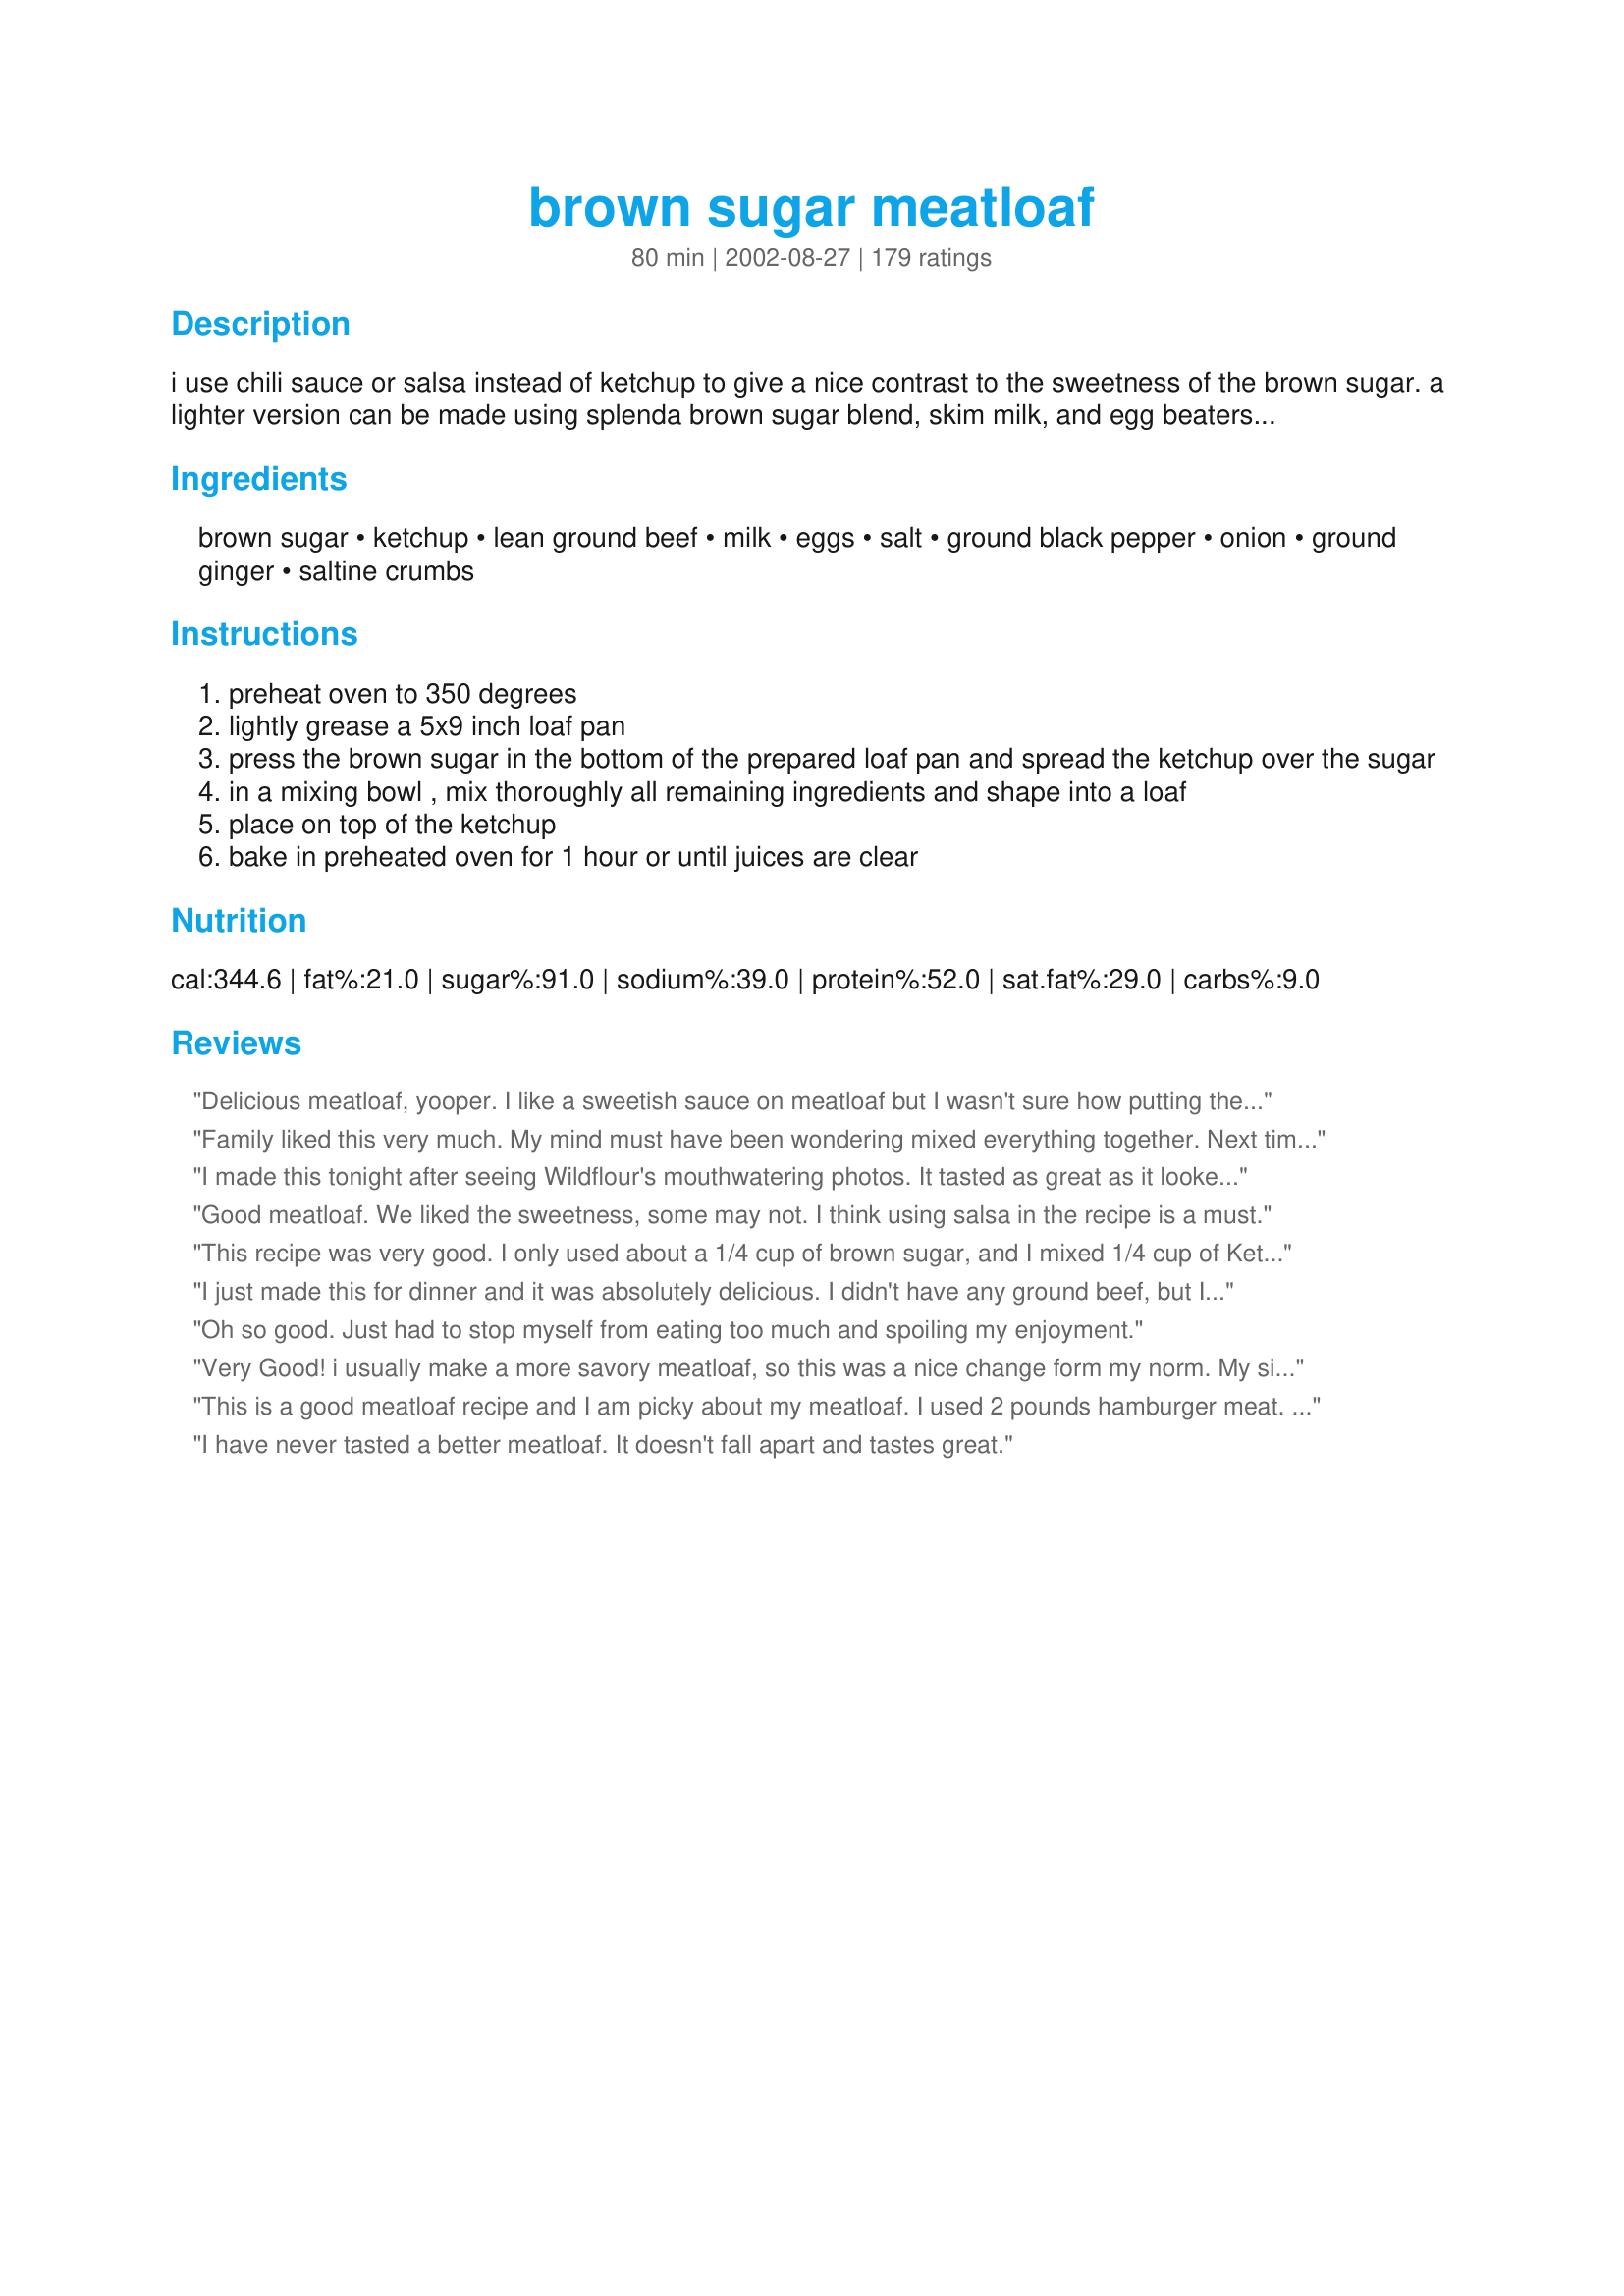
brown sugar meatloaf
Preparation time: 80 minutes

i use chili sauce or salsa instead of ketchup to give a nice contrast to the sweetness of the brown sugar. a lighter version can be made using splenda brown sugar blend, skim milk, and egg beaters. got this one from the allrecipes website. it's one of their most popular recipes.

Ingredients:
brown sugar, ketchup, lean ground beef, milk, eggs, salt, ground black pepper, onion, ground ginger, saltine crumbs

Steps:
preheat oven to 350 degrees
lightly grease a 5x9 inch loaf pan
press the brown sugar in the bottom of the prepared loaf pan and spread the ketchup over the sugar
in a mixing bowl , mix thoroughly all remaining ingredients and shape into a loaf
place on top of the ketchup
bake in preheated oven for 1 hour or until juices are clear

Reviews:
Delicious meatloaf, yooper. I like a sweetish sauce on meatloaf but I wasn't sure how putting the brown sugar and ketchup on the bottom would work out. Nothing to worry about, though. Just made a nice sweet, tangy sauce that I spooned over the meatloaf after I sliced it. The loaf was very tender and held together well. Thanks for sharing this recipe.
Family liked this very much. My mind must have been wondering mixed everything together. Next time I will make it correctly.
I made this tonight after seeing Wildflour's mouthwatering photos. It tasted as great as it looked. I also used garlic instead of the ginger. Next time I will put the sauce on the top. Thank you for a delicious dinner.
Good meatloaf. We liked the sweetness, some may not. I think using salsa in the recipe is a must.
This recipe was very good. I only used about a 1/4 cup of brown sugar, and I mixed 1/4 cup of Ketchup with a 1/4 cup of Chili Sauce. I put the brown sugar and sauce on the bottom and the top of the meatloaf, and I ended up having to bake mine for about an hour and a half. The meatloaf held together very well, and was super tasty. My husband (who is a VERY picky eater) loved it! We will be using this for our regular meatloaf recipe!
I just made this for dinner and it was absolutely delicious. I didn't have any ground beef, but I did have ground chicken and it was amazing. So moist and full of flavour. Will definitely make this again!
Oh so good. Just had to stop myself from eating too much and spoiling my enjoyment.
Very Good! i usually make a more savory meatloaf, so this was a nice change form my norm. My six year old daughter helped cook it and it turned out so moist and juicy I told her she was the best meatloaf chef ever! :)
This is a good meatloaf recipe and I am picky about my meatloaf. I used 2 pounds hamburger meat. I mixed the brown sugar directly into the meat, I added cooked yellow onion, bellpepper, and mushroom. I added 1/4 cup ketchup to the meat and alot more across the top before I cooked it.
I have never tasted a better meatloaf. It doesn't fall apart and tastes great.
Excellent Meatloaf!!! I used the chili sauce instead of the ketchup as suggested. Everyone loved it and I will make it again! Awesome leftovers!!! Thank you!
This is one good meatloaf, Yooper! I took your advice & used the chili sauce & really liked the resulting combo of sweet & slightly spicy. I switched oatmeal for the crushed crackers, cause I really like oatmeal in meatloafs (& didn't have any crackers anyway) & used the onion flakes since I couldn't find any onion in the fridge. It was delicious! This will be on the frequent flyer list for sure. I did find that it was hard to check for doneness by the juices running clear, since the pan was so full of the juice from the sugar & chili sauce, but it was done perfectly at about 55 minutes.

I made this last night, it was really good! Only made a couple of changes, I used a little over 1 lb ground beef and a small bit of ground pork. As some other reviewers mentioned, I also used Chili sauce and almost the full amount of brown sugar but I put it on the top and then baked it. Really yumm!
This was very moist and absolutely delicious. The only change for me was to cut the brown sugar to 1/4 cup based on other reviews - left everything else as written.
I make this meatloaf all the time and everyone loves it! I like to cut some of the sugar out of the bottom and make some extra sauce to put on top. Makes a nice glaze.
This was a really good meatloaf. I was afraid it would be too sweet, but it is just the right amount of sweet. The only difference I made was to add two cloves of minced garlic. I will make this again!
I've never eaten a tastier meatloaf! Very tasty. I will definitely be making this again!

I omit the eggs due to a food allergy in the family and it still holds together quite well.
This is the first time I've been able to keep a meatloaf together. 
I drained the meatloaf and I think that was a mistake as most of the "sweetness" ran out. Next time I'll put it on top.
This is a fantastic recipe! We absolutely loved it. I made a few minor modifications including putting the glaze mixture (brown sugar and ketchup both coating the bottom and the top (doubled the glaze), I used 96% lean ground beef (as the fat can set in meatloaf) and I used plain bread crumbs instead of the crackers..... SOOOOO Delicious...Will definitely be making it again this winter soon!!!
WOW! This is the best meatloaf recipe I have ever made in my life! It just turned out so delicious! My two year old even ate it! I used Italian breadcrumbs instead of crackers and used about 2 cups. The loaf formed so good- despite how liquidy it was pre-oven. I will use this recipe over and over and over. Thanks for posting!
This is the best meatloaf recipe. It tastes great just the way it is! I wouldn't change a thing!
Today is the second time I'm making this. My husband loved it!
This is the best meatloaf ever! I double the recipe and the only change I have made is to add some fresh bell pepper and sautee it and the onion a bit before adding it to the ingredients. I don't like undercooked onions in my meatloaf. I have done it with ketchup and picante sauce, its excellent either way. I'm going to try adding the yellow mustard I saw in another review.
**important**
Do not use 80/20 ground beef with this recipe, it's extremely important to use a lean ground beef. with 80/20 the glaze gets destroyed. I think the glaze is the best part of this recipe.

I love this recipe personally, i make it several times a month. Ive been known to add more brown sugar to the bottom and i like to flip the meatoaf onto a serving platter for a nice presentation.

thank your for posting this, it's become a staple in my kitchen.
Excellent! Easy to make. This is the only meatloaf I will make again. Mosit and yummy,hot or cold. I used picante sauce instead of ketchup, and ritz crackers instead of saltines.
Wonderful! I made this exactly as written, but baked for approx. 20 minutes extra. Perfect sweet & savory meatloaf and can be less sweet if sauce isn't spooned over the top, but I loved it with lots of sauce! Another great recipe to add to my rotation. Thank you!
This did not disappoint us. It was a great meat loaf!
This was enjoyed by all. I used 1lb of 80/15 gr. turkey, 2/3 cup milk, 1/2 ts salt, 1 egg, sauted onion & 3 lg. garlic cloves in evoo, put ketchup on top 1/2 way through & lined loaf pan with parchment paper. Everything else I kept the same. BTW: The 3/4 cup of crumbled saltine crackers was about 4 crackers short of being half a pkg. There was enough juice to put on mashed potatoes or rice.
Thanks for a great meatloaf!
Fantastic! Made just as recipe states. Will make again and again.
Easy meal with a good flavor. I made this at the request of my 3yr old daughter. Used organic meat and put it in 3 small loaf pans, then placed in the fridge overnite and put in the oven the next day. Ommitted the ginger as i had none. The taste was very nice, my texture was a bit off but i think that was due to the fact that i only had used 1pound grd beef as that is what i had on hand and didnt allow for the difference in the other ingredients so next time i will use the amt of meat listed or lessen the milk and eggs. My daughter loved it. Thanks for sharing.
This was the best meatloaf I have ever had!! I have always liked meatloaf, but haven't had it for years because my husband hates it. Well, he loved this one - a miracle! My ultra-picky toddler ate it too - I think next time I will add some green peppers and carrots to sneak the veggies in.

I did notice a lot of comments about this being too sweet, but I made it as-is and it was wonderful. I will say though that I definitely have a sweet tooth and always favour sweet, savory combinations in my meals.

This one is definitely going permanently into my recipe book of "staples."
This was a pleasant surprise. I didn't think this would hold together but it did just fine. We liked the taste of the meat but will probably add more ginger next time. The brown sugar/ketchup glaze was super-sweet but that's just fine by us. This recipe produces a very soft-textured loaf that works great for sandwiches. Don't be afraid to leave it in the oven a little longer so the glaze sets up and browns. 1:10 @ 350 produced a nice mottled surface. If DW were not such a spice wimp I would have added some cayenne.
This is really close to the recipe I've been making for years and I love it. I like that you put the ketchup on the bottom instead of the top. I cooked the onions before adding them to the meat so we wouldn't have the raw onion that we don't like and I cut down the sugar because sometimes a whole half cup makes it too sweet for us. This makes a wonderful gravy for mashed potatoes.
Yooper- This rocked!!
I added chili sauce instaed of ketchup, and used the brown sugar/chili sauce mixture on the top AND bottom! What an amazing feast! 2 pounds of meat cooked for an hour and fifteen minutes. Thanks!!!
I made this tonight for dinner with smashed potatoes & corn, all I can say is yummm!<br/>The only change I made was to use chili sauce with the brown sugar & put it on the top of the meat loaf. I was afraid it was going to be too sweet but it wasn't. It held together even when sliced right out of the oven. Looking forward to leftover meat loaf sandwiches!<br/>Will make this again & again...
This was very good, though the sauce was too sweet. Next time I will reduce the sugar a bit.
So the first time I made this, I accidentally got 80/20 ground beef, which made this turn out super greasy; good, but greasy. But the second time we made this, AMAZING!!! I added 3/4 tsp sweet paprika and 1/4 tsp garlic powder to the meat mix and put the brown sugar and ketchup on the top. The sugar melted down and infused the meatloaf with it's sweet goodness. Though I think I'll be using just a tad bit less sugar next time, the leftovers were almost sickly sweet. BF loved them, but it was a bit much for me. Other than that, definitely 5 stars!
My family loved this meatloaf. I substituted instant oats for the saltines, celery seed for the ginger and used 2 tablespoons of dried onion instead of fresh. All the substitutions were made because that's what I had in the pantry. It was a little sweet for my taste, but the husband and kids loved it so I'll definitely be making it again. Thanks for posting!
Delicious! I used chili sauce instead of ketchup and it made a tangy, yummy sauce for the meatloaf that we spooned over mashed potatoes. I have fairly picky kids and they even ate this for leftovers the next night. Try it, you'll love it.
Excellent! We use less than 1/2 the brown sugar the recipe calls for but otherwise everything else is the same. Everybody in the family loves it!
We love this one. It has become our favourite meatloaf. Thank you.
Good meatloaf! Never had a meatloaf like this. It was just enough sweetness for my BF and I. Only thing was I had to cook it for almost an hour and a half.
What a great meatloaf! Made with breadcrumbs...everything else was the same. Fantastic!
This was not for me. I like my meatloaf a little meatier. But other than that it was good.
This was my third time making this meatloaf. I absolutely love this recipe! I didn't have any ketchup, so I used brown sugar barbecue sauce in it's place. I also substituted Ritz crackers for the saltines. I have problems digesting black pepper, so I used cayenne and added a bit more for some zing. Also added 3 cloves chopped garlic. It was excellent and the only way I'll make meatloaf since trying it the first time. :)
Great meatloaf- i used extra onions and garlic-outstanding recipe
This meatloaf will be a repeat on our monthly menus! My teenage boys do not eat meatloaf as a general rule, but I got them to try this one. They were impressed. It is quite sweet, so I might decrease the brown sugar a little bit next time, but it is delicious!
I made this recipe last week, as my husband of 50 years was eating it, he said I don't really like meat loaf, ( by the way, he had never told me that before and I made a lot of meatloaf in 50 years!) but I could eat this one once a week. Gave the recipe to my sister and her husband loved it too.
I loved this recipe!! it was wonderful made as the recipe is told to. i thought it was weird having brown sugar and ketchup on the bottom but it makes a wonderful sauce to smother the meatloaf in. also it seeps into the bottom of the meatloaf and sort of marinates it. if it is put on top it gets kind of crusty and rubby almost. i couldn't taste the ginger but i still put it in anyways! love it! thanks for my new meatloaf recipe!
Absolute PERFECTION! As I was mixing the meat, I thought it was MUCH too wet, but didn't make any changes - turned out to be the perfect texture, and it held together nicely. I had to cook it for about 20 minutes longer than I expected, but it was still wonderful. I used the chili sauce as suggested, and it give it the perfect tiny kick. This will be my new go to recipe! Served with Recipe #26210 (Onion Parmesan Roasted Potatoes) and hubby ate until he nearly exploded!
This recipe was quite tasty, but was also quite sweet - almost too sweet. I will take other people's advice and halve the sugar next time. My DH likes his meatloaf on the crispy side. So using 2 lbs of ground beef, I followed the recipe. My only additions were some crushed up potato chips mixed in with the saltines (just cause I'm trying to get rid of them!), roughly 3/4 tsp each of chili powder and cayenne pepper sprinkled evenly over the ketchup layer. I ended up eating off that meatloaf for a week! It was delicious meatloaf sandwiches on toasted sourdough bread, slathered with mayo and sliced tomatoes all week long! Thanks for sharing the recipe . . . it is definitely a keeper.
Very moist meatloaf. Made this evening for family. A hit with all. Did not have saltines so used Keebler butter/garlic flavored crackers which I had on hand, tasted fine. Will definitely keep as THE meatloaf recipe at our house. Thank you for posting.
The meatloaf itself was perfect, moist and sliced beautifully. Didn't care for the sauce though too sweet for our tastes. Next time will omit the sauce. 
Thank You yooper!

I enjoy a good 'normal' meat loaf...However, when I throw the stuff together, I always end up using this recipe...A lot of people don't like meatloaf...I have found no one that doesn't like this meatloaf...I prefer breadcrumbs to the cracker crumbs...
I agree with some others that, as written, this was too sweet for us. The consistency of the meatloaf was good, though and I liked that it didn't have a lot of "stuff" in it to turn off my kids. This did make a tasty meatloaf sandwich the next day!
Holy Tamoly!! I served this to my 4 picky kids and they ate it! It was the first time I made meatloaf that was edible. I don't even like meatloaf and I just ate about half of the leftovers. I think next time I will up the ginger and maybe the salt and pepper. Thanks so much for this great recipe.
Love it! however three minor things I did differently: 1. No ground ginger because I did not have it. 2. Baked with brown sugar and then ketchup on top of meatloaf instead of on the bottom, I broiled it for a few minutes before taking it out of the oven. (Thanks Teresa). 3. Used less sugar as well. Came out nice and tender! Yum yum yum!
This was awesome! I added a few more crackers than stated because I felt the mix was really wet. I also mixed a 1/4 cup ketchup with 1/4 cup chili sauce and a few pinches of brown sugar for the top and put it on the last 15 min or so of cooking. I used chili sauce instead of ketchup on the bottom also. This was gone sooo quickly. Everyone loved it!
This was yummy. I just put the sauce on top of the loaf before baking
Made tonight, all gone tonight Great recipe!!
Fantastic meatloaf. Two "non-meatloaf" people in my house will happily eat it. Used chile sauce as recommended and rehydrated minced onion instead of a small onion, works great. Thanks for the delicious, easy recipe!
This is awesome...this has moved to the top of my meatloaf reciepes
Very, very good meatloaf -- my family raved about it. Next time I will put 1/2 of the brown sugar and ketchup on the bottom also -- I only put it on top. Also, I only used 1/4 cup brown sugar and it was plenty. I think I will try the chili sauce or salsa next time as this sounds good. This is definitely a keeper and very easy to make -- 55 minutes was almost the perfect amount of time for 1-1/2 pounds hamburger. Thanks!!!
Loved this recipe, it disappeared at the dinner table! After reading other reviews, I opted to use the brown sugar/ketchup sauce on top to glaze. I also used quick-cook oatmeal instead of salteens to cut down on the sodium. I will definitely make this again!
Good recipe. I cut down the brown sugar to 1/8 cup as suggested by another review, also reduced milk to 1/2 cup and put the sugar and chili sauce on top. Will make again. Thank you for posting this recipe.
Oops i forgot the stars!!!!
The best part of this recipe was the way the meatloaf kept its shape and sliced beautifully (especially nice for sandwich eaters). We really liked the moistness of this meatloaf. I did not however care for the flavor or lack of. It needs just a little something more. I will make the meatloaf again with maybe some garlic and diced carrots. &lt;br/&gt;I did use salsa instead of ketchup and a little less milk.
A little sweet, but we really enjoyed it anyway! I may cut back on the brown sugar next time and see how it turns out for us!
A lovely meatloaf that my whole family enjoyed. I used the ketchup version to entice the kids and enjoyed it very much myself. I do think chili sauce or salsa would be fabulous. Only changes I made were to use extra lean ground beef and plain toasted bread crumbs. Thanks, yooper, for a keeper!
Very good meatloaf. I followed poster's suggestion to use chili sauce instead of ketchup. I liked that it had ingredients that I normally have on hand. Thanks for sharing!
This was really good! My husband who never eats meatloaf went back for seconds! Thanks for the great recipe :)
My boyfriend said that this meatloaf moved me up on the great cook ladder from "good" to "magnificant"
I must've cried 3 times already today! Because this so reminded me of my Grandma!! It was wonderful, and I cannot thank you enough for taking the time to post it. I made it according to the recipe but exchanging garlic powder for the ginger. I put half of the sauce on the bottom, then during the last 15 minutes spread the last of the sauce on top. Yes, it was sweet....but just how we like it! Nothin' wrong with that! We really loved this, and I cannot wait to share it with my mother, she will flip!! Thank you so very much! A keeper! And thank you for the memories of my Grandma that filled the whole house today!!! :) :) :)
Made only a few minor changes, ideas from other raters here. Sauteed the onions before adding to mix, and used less sugar. It came out perfect! I think it would have been too sweet had I used the entire 1/2 cup of brown sugar. And I had to omit the ground ginger because I couldn't find it. Still turned out great!
Really good taste and so easy to make! I too used chili sauce. I had 2 lbs of ground beef and measured 3/4 cup each brown sugar & chili. We like lots of sauce. I also used bread crumbs. My whole family enjoyed this with whipped carrots. Thanks Yooper :O)
This was the best Meatloaf I put everything together the night before and put in a glass pan. The next day when I got out of work just had to pop in the oven while I made some mashed potatoes. I also used the chili sauce and I think that is the best combination with the brown sugar. I had to bake a little more than 1 hour. Had only one piece left. Thanks for Posting !! :) :) :) :)
This is my to-to recipe for meatloaf! Have been making it for over three years now. I do reduce the brown sugar to about 1/3 of a cup (I found the original amount a tad too sweet), and tonight I did 1/4 cup ketchup and 1/4 cup sriracha...the latter gives the meatloaf a nice KICK!&lt;br/&gt;&lt;br/&gt;Thank you for posting this!!
Yooper, this was pretty good for a change-of-pace meatloaf, although we preferred salsa or chili, to cut the sweetness a little. Ohh, and I used ground buffalo instead of beef. Made great sandwiches when cold. Thanks for posting... Janet
This was the best meatloaf I've ever had. My husband said that this reminded him of a meatloaf that his mother used to make. He consumed so much of it. I can't wait to make it again!
Very good recipe! DH loved it. Thanks for sharing!
Wow, this is an outstanding recipe! I also added the chili sauce as opposed to ketchup.
Lip smacking good!
Thanks for sharing
This meatloaf is soooooo good, my family loves it when I make this for dinner. Definitely a keeper. Thanks for such a great recipe.
excellent!! I love the idea of putting the brownsugar and the ketchup on the bottom. This was awsome!!
We loved this meatloaf!! I was so pleased at how easy and delicious this recipe was! I have had my share of meatloaf failures, but in this case what a gem. I ended up doubling the ketchup and added only 3/4 cup brown sugar. My oven tends to burn also, so I mixed the two together and put over top. Everything else, followed to the letter. This meatloaf was moist with a great texture. We will be making this again and again! Thank you yooper for sharing!!
This was a pleasant change from my usual recipe for meatloaf. After reading reviews I did put the brown sugar & catsup on top instead of the bottom. It worked fine. This meatloaf sliced beautifully and held together well. The flavor reminded me of sweet cocktail meatballs. Thank you for sharing your recipe!
This is the best meatloaf that I've ever had. I love,love,love this stuff! The gravy this meatloaf makes is wonderful. I make this all the time. If your not a big meatloaf eater, I would suggest this for you.
This meatloaf is wonderful! The best I've ever made and will now be the offical meatloaf recipe in our home. I used chili sauce and 1/4 cup of sugar and it was perfect for us! When mixing I thought it was much too wet and might not turn out, but it was delicious and held together nicely! Great recipe - thanks for posting!
WOW! My husband was worried when I told him I was making meatloaf. He hated my last one. After one bite he told me I can make this one as much as I liked. I used half the brown sugar and that was plenty. I also added 3 strips of bacon across the top. If you need a meatloaf recipe I highly recommend this one.
Wow! My family fought over the last of this one! I was amazed. Fighting over meatloaf?!?!? I think there will be a mutiny in the house if I don't make this again :-) Thanks for the simple, delicious recipe!
wow, good stuff. I would eat this meatloaf out of my shoe, and I hate most meatloafs. This was sweeat and tasty, My wife didnt like the onions cause I left them a little big, next time ill cut em smaller. My sons didnt leave any leftovers for sandwiches and I made 2.5 lbs. If you have a bigger family triple the recipe
This was so good! I didn't really measure out the brown sugar or the ketchup so I don't think it made enough of the "sauce" for my taste but I guess I will just have to make it again! lol Great Recipe!
Excellent. Nice change from my everyday meatloaf recipe. Thanks for posting.
This is absolutely delicious! DH wrinkled his nose when I told him that there was brown sugar in the topping, but he and I both agreed that it was a real bonus to this good recipe. 

I had to make a couple of changes. Because I had no saltines, I used the same amount of a package of dry bread crumbs. I also had just run out of ginger, so I used the same amount of Penzey's English Prime Rib Rub, which is good on any beef (and I don't even work for Penzey's!). DH commented over and over how good the sweet topping was. I did use the chili sauce instead of the catsup, but I think either would have been just as good. I might try adding a little powdered mustard, Worcestershire Sauce, and garlic powder the next time. Thank you so much!!
The kids and I love this meatloaf. DH isn't much of a meatloaf lover so I make it when he is out on the road. Most meatloafs are boring this recipe is the best!
Yooper, this was truly wonderful, moist, very good tasting, meaty (not too much filler), held-together beautifully, even when sliced hot, now that’s a good meatloaf! I knew that ½ cup packed brown sugar was way too much sugar for us with ½ cup ketchup, as we don’t like meat too sweet. So I tried 1/8 cup packed brown sugar, tasted it and it was just right for us. Would not change a thing in the ingredients other than the brown sugar/catsup ratio.
Because my oven tends to burn on the bottom I put the catsup/brown sugar mixture all over the top of the meatloaf and that worked great. And thank-you Yooper for suggesting this recipe in my recipe request, I was looking forward to making it and we all really enjoyed it and Will be making it again!
I have never made a meatloaf in my life, but I tried this one as my first one. I do not normally like meatloaf, but this turned out AMAZING! Very juicy and tender. I was very proud of myself, and my mother stated it is extremely hard to make meatloaf and have it turn out juicy. I used Turkey instead, but it was perfect. Thank you!!
Deeelicious! My husband loved this. I used half the sauce on the bottom and the other on the top. Baked for 1 1/2 hours, because I used 2 lbs. of beef. Had to make sure there were leftovers for his work dinner. :)
This meatloaf was good - but my family and I did not love it. I think that if I made this again I would cook it a little bit longer and put the brown sugar and the ketchup on top. It was good, but we did prefer my normal meatloaf recipe.
Really liked this, thanks for posting! I did use leftover stuffing in place of the saltines which worked just fine.
Very nice meatloaf
Yummy meatloaf! Tastes very similar to the meatloaf made by the local grocery store which my husband loves. They use 1/2 ground sausage and 1/2 ground beef. I think I will try that next time...but excellent as is! Thanks!
Moist and delicious. I only used 1/4 cup of sugar and it was perfect. Also, the next time, I would put the sugar/ketchup on top of the mealoaf instead of being on the bottom. Other than that, this is a keeper recipe.
This was tasty. My non-meatloaf lover kids ate this without complaint (which is a feat in and of itself). Based on the other reviews, I also used chili sauce instead of the ketchup (Chili Sauce Substitute, recipe #52689, incase anyone is interested) but think next time I may try the plain ketchup. The chili sauce seemed actually sweeter than the ketchup may be, after carmelizing with the brown sugar. Still good though, I'm just curious.

I also topped with a few pieces of bacon, and really enjoyed the flavor that came from that as well.

Thanks for posting!
Simply the best meatloaf ever! No leftovers! Like another reviewer I put the brown sugar and ketchup mixture on top but I couldn't see where it made a difference. Served with mashed potatoes and green beans.
This is the best meatloaf. My husband raves about it. I use ground turkey instead of beef and canned bread crumbs instead of crackers because that's what I have on hand. I make this about once a week. Steamed green beans make a great tasting side dish.
Awesome meatloaf! It was very sweet, and the onions carmelized quite nicely. Very easy meatloaf for a new cook! Would definitely make it again
My Husband and I loved this recipe. It was easy to put together. The glaze was sweet and flavorful.<br/>Thank you for the recipe.
I&#039;ve made this more times than I can count and shared it almost as many times. So simple its hard to believe its that good!!!
I found it way too sweet and did not even save the leftover. The brown surgar I felt spoiled the recipe.
I just made this and love it! I did have to make some adjustments though. Instead of using saltine crackers I used Italian bread crumbs as I never keep crackers in the house. I used frozen onions and green peppers in place of the raw onion, and only 1/4 cup of brown sugar so it wouldn't be too sweet (as others suggested). Others have said that you shouldn't use 80/20 ground beef but I did and it still came out great. You just have to use a bit more bread crumbs to suck up the grease and then immediately remove the loaf to a different platter, leaving the grease behind in the cooking dish. I also had to bake it for about an hour and a half because it wasn't done in an hour. I think that the next time I make it I will place the brown sugar and ketchup on top so that the grease from the 80/20 ground beef doesn't ruin it. Thank you Yooper for such a wonderful recipe!
Great recipe! Made this tonight and served with mashed potatoes and corn. I didn't have any ginger on hand but it tasted great! I also used multi-grain saltines. Next time I'll cut down on the brown sugar (1/4 cup) and use salsa instead of ketchup. I did add a little Worcestershire sauce to the mixture and ketchup on top.
Woooooow!! What a terrific meatloaf recipe! Before I give the full feedback let me advise that I did change some things ONLY because I had to use turkey and that was a first. The basics of the recipe remained the same however in fear that the turkey would make the recipe bland I made the following modifications..... please know that this is my new ONLY meatloaf recipe and turkey may be the permanent replacement for ground beef (it was so tender and moist).<br/>Added: heaping half cup of celery sauteed it with the onion with salt. pepper, and Italian seasonings with butter and olive oil. Also added a bit more bread to the cracker crumbs (3 dinner rolls); Put 1/3 c brown sugar into the mix, 3/4 cup ketchup, 1 Tsp chicken base, garlic & onion powder. Love this site and love this recipe. Thanks for sharing.
This rated 5 stars at my home. My picky husband who is not a huge meatloaf fan told me that it was the best meatloaf he had ever eaten. I followed the directions to the letter. This will definately be on our menu rotation from now on. Thanks for posting such a yummy recipe.
I used the mini loaf pans and froze them!
I use your recipe everytime i make meatloaf! The brown sugar is the best part!
I LOVE meatloaf but my husband and kids aren't too crazy about it. Every now and then I make them "suffer" through it. When I made this tonight, EVERYONE enjoyed it!!! We had it with fluffy mashed potatoes and green beans- it was super yummy!! I added 2 TBSPs apple cider vinegar to the sauce, increasing the ketchup to a whole cup and putting half on top and half on bottom. The whole house smelled heavenly- thank you so much for such a wonderful keeper recipe!!!
This is a good meatloaf recipe. DH thought it was a little too sweet, but DD loved it. I will make again when DH is out of town. Thank you for posting....Stephanie
This recipe was amazing. I made it for dinner tonight and couldn't believe the flavor it had. I would never think to put milk in meatloaf but this flavor is perfect.
I changed the entire process and part of the recipe too and it turned out great. Why anyone would put the brown sugar on the bottom is beyond me. I hate hate hate ketchup so I mixed up some BBQ sauce and brown sugar and used it as a glaze for on top. In the loaf, I mixed a half a package of crushed salted soda crackers, an onion, some shredded carrot and an egg. Was delicious.
I too got this one from the "other" site. It is one of my favorites.
Best meatloaf recipe from Recipezaar I've tried so far. Good consistency, good flavor. The sauce being on the bottom lets people spoon as much or as little as they want on top. I did as EllaP did and substituted worcestershire and minced garlic for the ginger.
This is one of our favorites...and so easy, our 8-year-old basically makes it by herself most of the time. It always gets rave reviews when we make it for others. We sometimes lighten it up using brown sugar Splenda and egg beaters. Still tastes amazing.
We didn't care for it.... I really wanted to like it but def. too sweet for us. I even cut it down to 1/4 cup brown sugar and ketchup. Thanks for the recipe though!
After reading the comments, I went ahead and put the brown sugar and ketchup mix on top of the meatloaf. My mom made her meatloaf much like this one, with chopped dill pickles in the ketchup/brown sugar mix. Love this!
I made the suggested version of putting half of the brown sugar and chili sauce on the bottom of the meat loaf pan and the other on top of the meat loaf. Cooking time for me was 1 hour and 15 minutes.
I made this for supper tonight and followed the recipe to a T. The meatloaf turned out wonderfully moist and sliced beautifully. My family loved it as well...there wasn't any left! The only thing I will change next time is doubling the sauce...we all LOVED the sweetness of it. Thanks for posting this...it will be made often in this family.
This was EXTREMELY good! I like to add a little garlic salt, soy sauce and whorchester sauce to the button ketchup to help cut the sweetness. I also top with a ketchup, garlic, soy sauce mix. and I baked for an hour at 350.. but had to bake for another 30 minutes at 375.. Came out PERFECT! Thanks!!! :)
I must be honest, I was a little worried. I adjusted the recipe on here for 1lb. Well, it was so mushy that I put it in muffin tins to be safe (12 total). It still cooked up very nicely though and held together in the end. I like it sweet and tangy, so I cut back on the milk and added a little woshersire sauce. It turned out really good. My husband works nights and took all of the left-overs to work with him.
I don't really care for meatloaf, but this was ok. Tastes just like a hamburger w/ onions to me though.
this was a very good meatloaf but i found the brown sugar and ketchup to be too sweet for my taste. i shaped the mixture into a loaf and put the ketchup and brown sugar on top like a glaze. i did only use a little less than 1/2 cup of milk and my mixture was still very wet but other than that i stuck to the recipe. the meatloaf itself is very good and the next time i make this i will leave out the brown sugar and ketchup. thank you mark for the recipe.
We loved the sweet glaze that the brown sugar and ketchup made. Will definitely make again.
The only meatloaf recipe -- I am allowed to use. I only use about 1/4 cup brown sugar and line my pan with foil to make serving a little easier. We eat this often!
I&#039;m such a fan of yooper&#039;s recipes, how could I have missed this one? So easy &amp; simple, yet the best meatloaf I&#039;ve ever made. Well formed and tasty. I used sweet chili sauce instead of catsup. Gave the meat a nice tang. I&#039;ve finally found a meatloaf recipe that will be made more than once...thanks for yet another good recipe, yooper.
For someone who doesn't like meatloaf - this is great! I substituted italian bread crumbs for the saltine crumbs and added 1/2 tsp garlic powder. I also put the ketchup/brown sugar mixture on top. The one problem I seem to have is that some of the meat is still a bit pink even after an hour.
My kids were never very happy when I made meatloaf until I made this one. They LOVE it and it has become a regular on our menus. Thank you for a great recipe!
This recipe was great! The brown sugar/ketchup mixture was a tad too sweet even for me so I think I will make some adjustments to it next time but the meatloaf itself was the pefect texture and definitely had an excellent flavor. The only changes I made were to add about 1/3lb of pork sausage to just over 1lb of beef and used some generic club type cracker crumbs instead of saltines. Thanks for sharing this recipe!
I LOVED this meatloaf! So moist and sweet. There was no need for extra sauce with this one! My 6 year old wanted to eat just this for dinner, and our 4 year old ate without complaint. I used chili sauce, since we were quite low on ketchup, and used onion powder instead of onion, because I was low on time. Took about an hour and 10 minutes to reach 170 in a convection oven, but it was in there with baked potatoes and I had almost 2 pounds of meat. It came together so quickly and easily, too. I'm excited to have a new meatloaf recipe!
This turned out great. I used BBQ sause because I had not ketchup. I will make again.
Husband loved this! I didn't grow up eating meatloaf and this is only the second time I've made it. This will now be the only way I make it. Only changes I made were breadcrumbs for cracker crumbs, 1/4 red wine for part of the milk and mixed salsa with a bit of the ketchup. This was really easy, really tasty and provided plenty of leftovers for meatloaf sammiches!
Great! I used artisan bread crackers instead of saltines and a sweet curry ketchup. Everyone loved it!
Made this for the family last night, even my FIL thought it was really good & he normally doesn't like different things like this. I used whole grain saltine crackers instead of just normal ones, I almost used brown sugar splenda but didn't know if it would leave a funny aftertaste or not, so I opted to not use it. Thanks for a great recipe!
This was my first attempt at making meatloaf. Very easy and good, though took a little longer than 1 hour to cook.
This was a very nice meatloaf (on the sweet side). Instead of a loaf pan, I used a 8x8x2 and it worked well. What made this even better is adding a little bit of Jimmy Dean's lower fat sausage and garlic and onion powder instead of the onion (family's preference). I sprayed the pan with Pam and cooked it a little under an hour as well.
Excellent! Made as posted this first time but will be adding a bit of onion, etc. next time around.
I typically don't like Meatloaf, but this one is an exception, the flavor was wonderful! It didn't turn out runny like others i've made. The only thing I changed was the amount of saltines, I used 2 cups instead of the 3/4, they were also the Onion Flavored Saltines.
A family Hit! Thanks for sharing!
THUMBS UP to this meatloaf recipe..I've always hated my meatloaf UNTIL I found this one..SUPERB!!! Thank you!
This is a very good meatloaf. I did use 1 lb lean beef and 1/2 lb organic ground pork and used chili sauce in place of the ketchup. Thanks for posting!
Pretty good - everyone in my family ate it. I made it in the crockpot, so I put the brown sugar and ketchup on top of the loaf. I think I cooked it at low for about 7 hours. DH & I found the flavor a bit too subtle, but hey - the kids loved it & that makes life so much easier! Thanks for sharing!
I loved this. I made a few changes, used bread crumbs, turkey meat, and threw in some garlic, and a bit of worstershire sauce and no ginger (didn't have it on hand) I double the recipe to make 2 loaves...it turned out fantastic. thanks!!
Delicious! I used bread crumbs instead of saltine crumbs. I used a little less than 1/2 cup milk, and it was very easily molded. Wonderful flavor! Easy too!
This is the best meatloaf recipe. My husband loves it hot or cold the next day on a sandwich and even better, my kids devour it!
So easy and yummy!
We had this last night and we all loved it. I'm a bit of a splosher not exact with all measurements, probably used only slighty less sugar and ketchup than recommended, and was still great. I agree with Nurse Di, you have to spoon the sauce over when you've cut it, keeps it moist and adds to the flavour. The only change I made was I fryed my onions till they were a rich brown (add a little water, let it disolve, add a little more water, let it disolve etc). Something my Mother-in-law has instilled in me when it comes to meatloves and rissoles. We will definitely be having this as a regular, so tasty and easy to make. Next time I'm going to try having it pre-prepared and in the fridge to whack in the oven after work. Thanks yooper loved it.
Wow! I made this for my husband's birthday dinner and he was very impressed! Even our six year old went back, not just for seconds, but for thirds! I followed the recipe as stated - except using breadcrumbs in place of the crackers. I had to increase this by about 1/4 cup because it was not firm enough to shape. As for the sweetness factor -- even though I was skeptical after reading reviews - I still followed the recipe and it turned out great! Not too sweet in my opinion! Thanks for sharing!
What an easy meatloaf recipe! I took your point about the salsa instead of the ketchup to counteract the sweetness of the sugar and it tasted delicious. I'll definitely keep this one. Thankyou.
I have made this recipe twice. The first time I followed the recipe exactly. After cooking for 1 hour, my loaf was a little too pink inside for my taste and I did not care for the ginger taste. The secon time I omitted the ginger and baked it for 1.5 hours. It was perfect for me anyway. BTW, 4 stars from my hubby, which is high praise from him...plus I historically make the worst meatloaves. Thanks for the recipe Yooper. Nov 2008. I wanted to add to my review. I make this meatloaf all the time! Last week being pressed for time, I put approx 1 TBS brown sugar and a dollop of ketchup into 8 indivdual muffin tins and baked for 30 minutes. It was fantastic!
I do not even like meatloaf...but I love this recipe!!!
At first I thought I had done something wrong as my mixture was very wet. I shaped it into a loaf as best I could and it turned out great! The flavour was superb, a definite keeper.
This was wonderful! We all loved it. I used only 1 pound of ground beef and added some oats (about 1/2 c.) in addition to the saltine cracker crumbs to help absorb some of the extra liquid. It turned out perfect! Served with corn on the cob and fresh steamed carrots. Delicious meal!
Loved the brown sugar/ketchup "crust". I used brown sugar Splenda. Instead of saltines, I used oats but that was my only sub. Thanks for sharing. I will make again.
Ok, so as a child I hated meatloaf and have refused to eat it or make it in my adult years. This recipe has changed my mind. I used the Homemade brand red chili sauce in place of ketchup and this was amazing!! My husband enjoyed it as well. I am now officially a fan of meatloaf!
I've attempted numerous meatloaf recipes and this recipe is superb!!! I made a mistake the first time, and coated the loaf entirely with the brown sugar and ketchup. We also used an oversized pan and hand molded the loaf, so the brown sugar caramelized. Give these techniques a try.
We love this recipe. My husband ate 3 slices to my 1 & up until now was not a meatloaf fan. He requests this all the time. Great taste, love the sweetness! Thanx Yooper. (p.s. can you find me a sweet ham loaf recipe?)! LOL (I'm serious)
Made this for my family, who love meatloaf. I am not a meatloaf lover myself, but have to admit that this was the best meatloaf I have ever eaten. Smelled great cooking and the rest of the family could not get enough! All I heard was "Awesome" through the whole meal. I used 2 lbs. of 85/15 ground beef, but otherwise followed the recipe. My mixture was VERY wet, to the point that I could not even shape it, but I just kind of poured it into the loaf pan and the texture after cooking was fine and it sliced great without falling apart. Took about 1 1/2 hours to cook through since it was larger. Thanks for the great recipe...unfortunately, there was none left for sandwiches :(
I followed recipe (but forgot milk, oops) and cut sugar and ketchup to 1/4 cup. It was pretty good but not as good as some others I've made on this site. I would have preferred glaze on top. There was a lot of liquid even though I used lean beef. It seemed like the fat melted into the bottom of the pan where the brown sugar and Ketchup were, and diluted them.
This was good. Husband wasn't too thrilled with the sweetness--he prefers savory, but the kids had thirds!
This meatloaf is made in our house about every other week. My husband and son love it and gobble it up so fast. I love this recipe, it is simple and so good.
This is an absolutely amazing recipe. My husband actually argued with a co-worker over who's wife made the best meatloaf -- turns out it was the same recipe! I've never enjoyed meatloaf but actually crave this. Wouldn't change a thing, except my family loves ginger so we add a little more.
I've made this recipe twice....and loved it both times!! The only change I made was to use half ground pork and half ground beef. Delicious!! Thanks for perking up our meatloaf night!
Thank you Yooper, this is the best meatloaf I've ever had.
I flattened it out and put string beans in the center and rolled it then followed your oven instructions. When the meat loaf is cut there are the string beans in the center in a neat circle.. Quite nice looking and the vegetable neatly arranged in a small circle....<br/><br/>Next time and there will be a next time I will send a photo...thank you ...wonderful recipe
The brown sugar made this too sweet for us. I prefer Recipe #15027 for meatloafs.
My first time making meatloaf. This recipe was so easy, and so tasty. Will DEFINITELY make this again. The only thing I would change, is maybe a little less ketchup, but other than that, it was awesome.
Very good meatloaf. My whole family enjoyed it even my 14 month old. I went searching for a back up recipe as I was out of onion soup mix. This meatloaf is much more moist than my usual and I will most likely switch for good. Thanks for a great meatloaf.
This one deserves all of the rave reviews! It is my husband's favorite meatloaf, hands down. Thank you for a fabulous recipe. I reduced the sugar and used 1/2 chili sauce and half ketchup, based on other reviews. Cheers!
My family is not big on meatloaf but this one was a hit. I think it was because of the brown sugar and ketchup. Thanks for a great recipe!
This was really tasty. My two year old son, whose list of things he will eat willingly consists of peanut butter sandwiches and macaroni and cheese gobbled up this meatloaf. I loved the crispy texture on top and the delicious flavors. It was a little salty for me, and I did add a little sage seasoning instead of the ginger. Thanks for a great recipe!
My husband says that meatloaf is now my specialty since I found this recipe. It is very close to the meatloaf my mother made us as children after I make a few minor changes. I use quick cook oatmeal in place of the cracker crumbs and I leave out the ginger as I am not a fan. I add 1 T of prepared yellow mustard to the ketchup/brown sugar mixture (that's the way Mom did it!) and I bake it with the sauce on top instead of the bottom. It's really good and I would make it once a week if I could get away with it! I always freeze some to take for lunches as well. Thanks for sharing!
When I first saw the recipe I was a bit apprehensive about it, but decided to give it a try and make it anyway, mainly because it was so different....what a surprise I got......a fantastic recipe. I have been making meatloaves for (I hate to tell you how many years) and this is by far the best recipe I have ever used. My DH is a Connoisseur of meatloaf and he was ecstatic about this one. His comment....don't throw that recipe out....lol.<br/><br/>Thank you for posting,<br/><br/>P.S. I made it with the salsa as you suggested.
